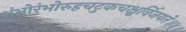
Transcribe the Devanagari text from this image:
शंभोरंभोरुहचटुकचक्षुर्विजयते॥४॥